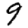
Digit: 9